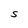
Character: S